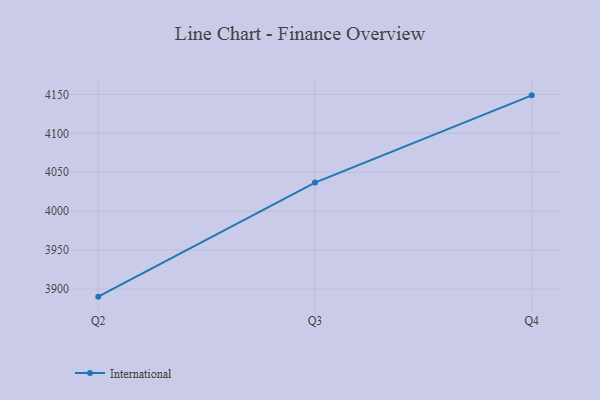
{"axis": {"x": "Quarter", "y": "Temperature (°C)"}, "legend": ["International"], "data": [{"x": "Q2", "y": 3890.2, "type": "International"}, {"x": "Q3", "y": 4036.7, "type": "International"}, {"x": "Q4", "y": 4148.8, "type": "International"}]}